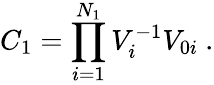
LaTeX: C_{1}=\prod_{i=1}^{N_{1}}V_{i}^{-1}V_{0i}\ .